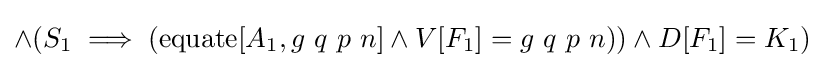
\land (S_{1}\implies (\operatorname {equate} [A_{1},g\ q\ p\ n]\land V[F_{1}]=g\ q\ p\ n))\land D[F_{1}]=K_{1})